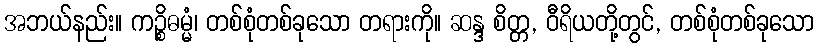
အဘယ်နည်း။ ကဉ္စိဓမ္မံ၊ တစ်စုံတစ်ခုသော တရားကို။ ဆန္ဒ စိတ္တ, ဝီရိယတို့တွင်, တစ်စုံတစ်ခုသော